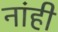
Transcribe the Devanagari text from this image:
नांही